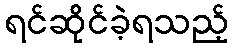
ရင်ဆိုင်ခဲ့ရသည့်